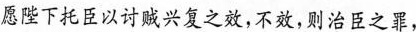
愿陛下托臣以讨贼兴复之效，不效，则治臣之罪，